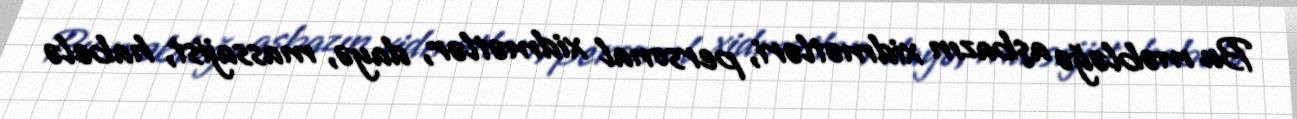
Bu məbləğə aşbazın xidmətləri, personal xidmətlər, dayə, massajist, habelə